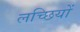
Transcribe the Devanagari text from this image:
लच्छियों